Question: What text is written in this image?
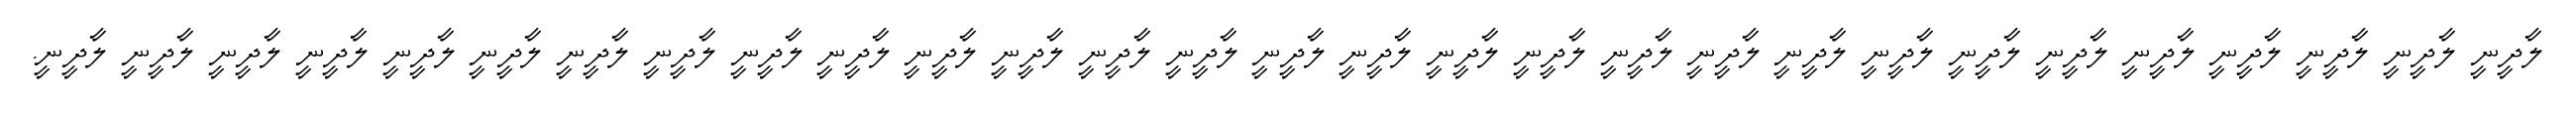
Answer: ލާދީނީ ލާދީނީ ލާދީނީ ލާދީނީ ލާދީނީ ލާދީނީ ލާދީނީ ލާދީނީ ލާދީނީ ލާދީނީ ލާދީނީ ލާދީނީ ލާދީނީ ލާދީނީ ލާދީނީ ލާދީނީ ލާދީނީ ލާދީނީ ލާދީނީ ލާދީނީ ލާދީނީ ލާދީނީ ލާދީނީ ލާދީނީ ލާދީނީ ލާދީނީ ލާދީނީ ލާދީނީ ލާދީނީ.